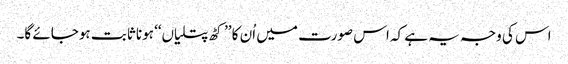
اس کی وجہ یہ ہے کہ اس صورت میں اُن کا ’’کٹھ پتلیاں‘‘ ہونا ثابت ہوجائے گا۔